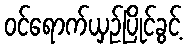
ဝင်ရောက်ယှဉ်ပြိုင်ခွင့်